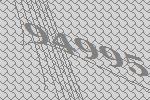
94995